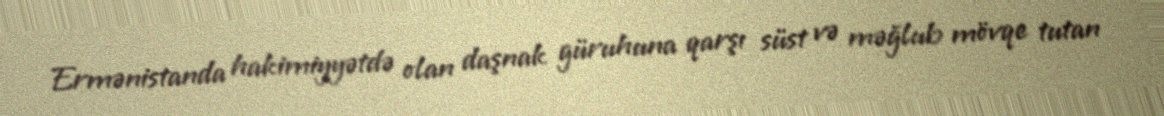
Ermənistanda hakimiyyətdə olan daşnak güruhuna qarşı süst və məğlub mövqe tutan